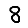
Digit: 8